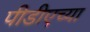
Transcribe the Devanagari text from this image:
पीडीएच्या